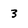
Character: 3